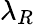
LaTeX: \lambda_{R}